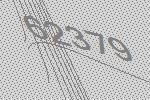
62379